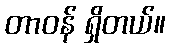
တာဝန် ရှိတယ်။